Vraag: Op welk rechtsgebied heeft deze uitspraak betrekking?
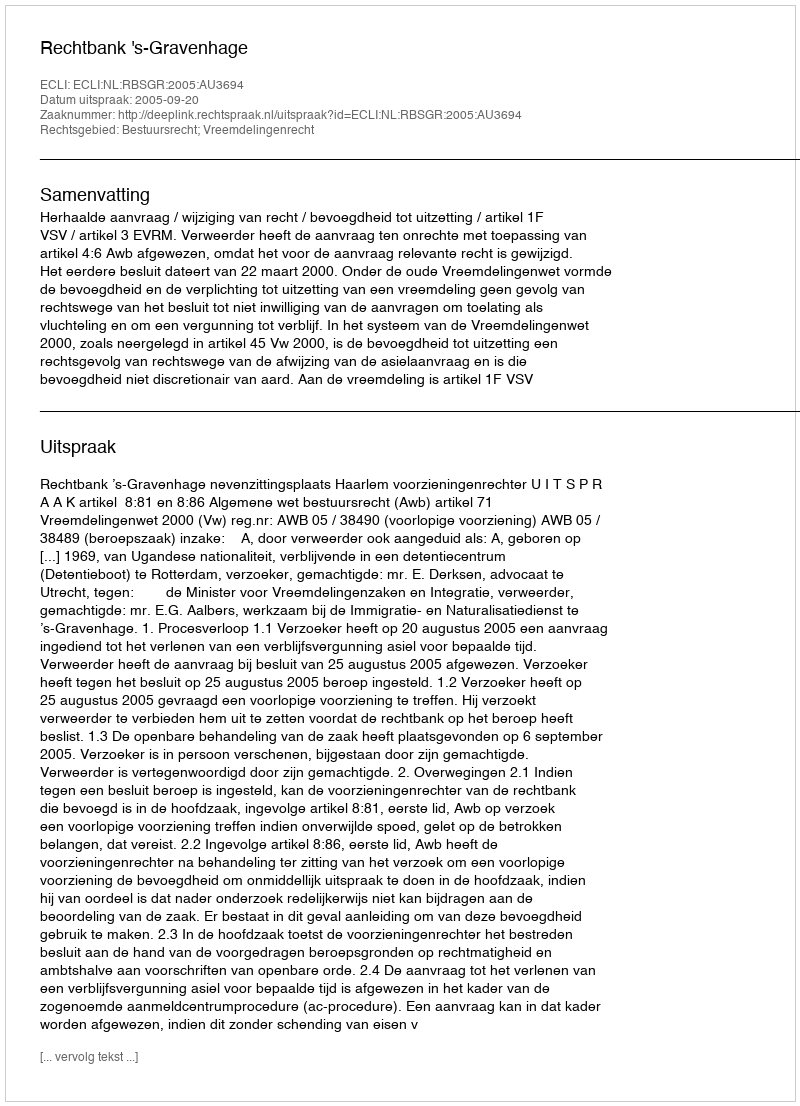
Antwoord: Bestuursrecht; Vreemdelingenrecht